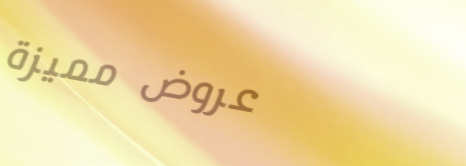
عروض مميزة